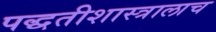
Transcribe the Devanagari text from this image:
पद्धतीशास्त्रालाच